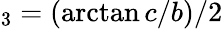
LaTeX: _3=(\arctan c/b)/2